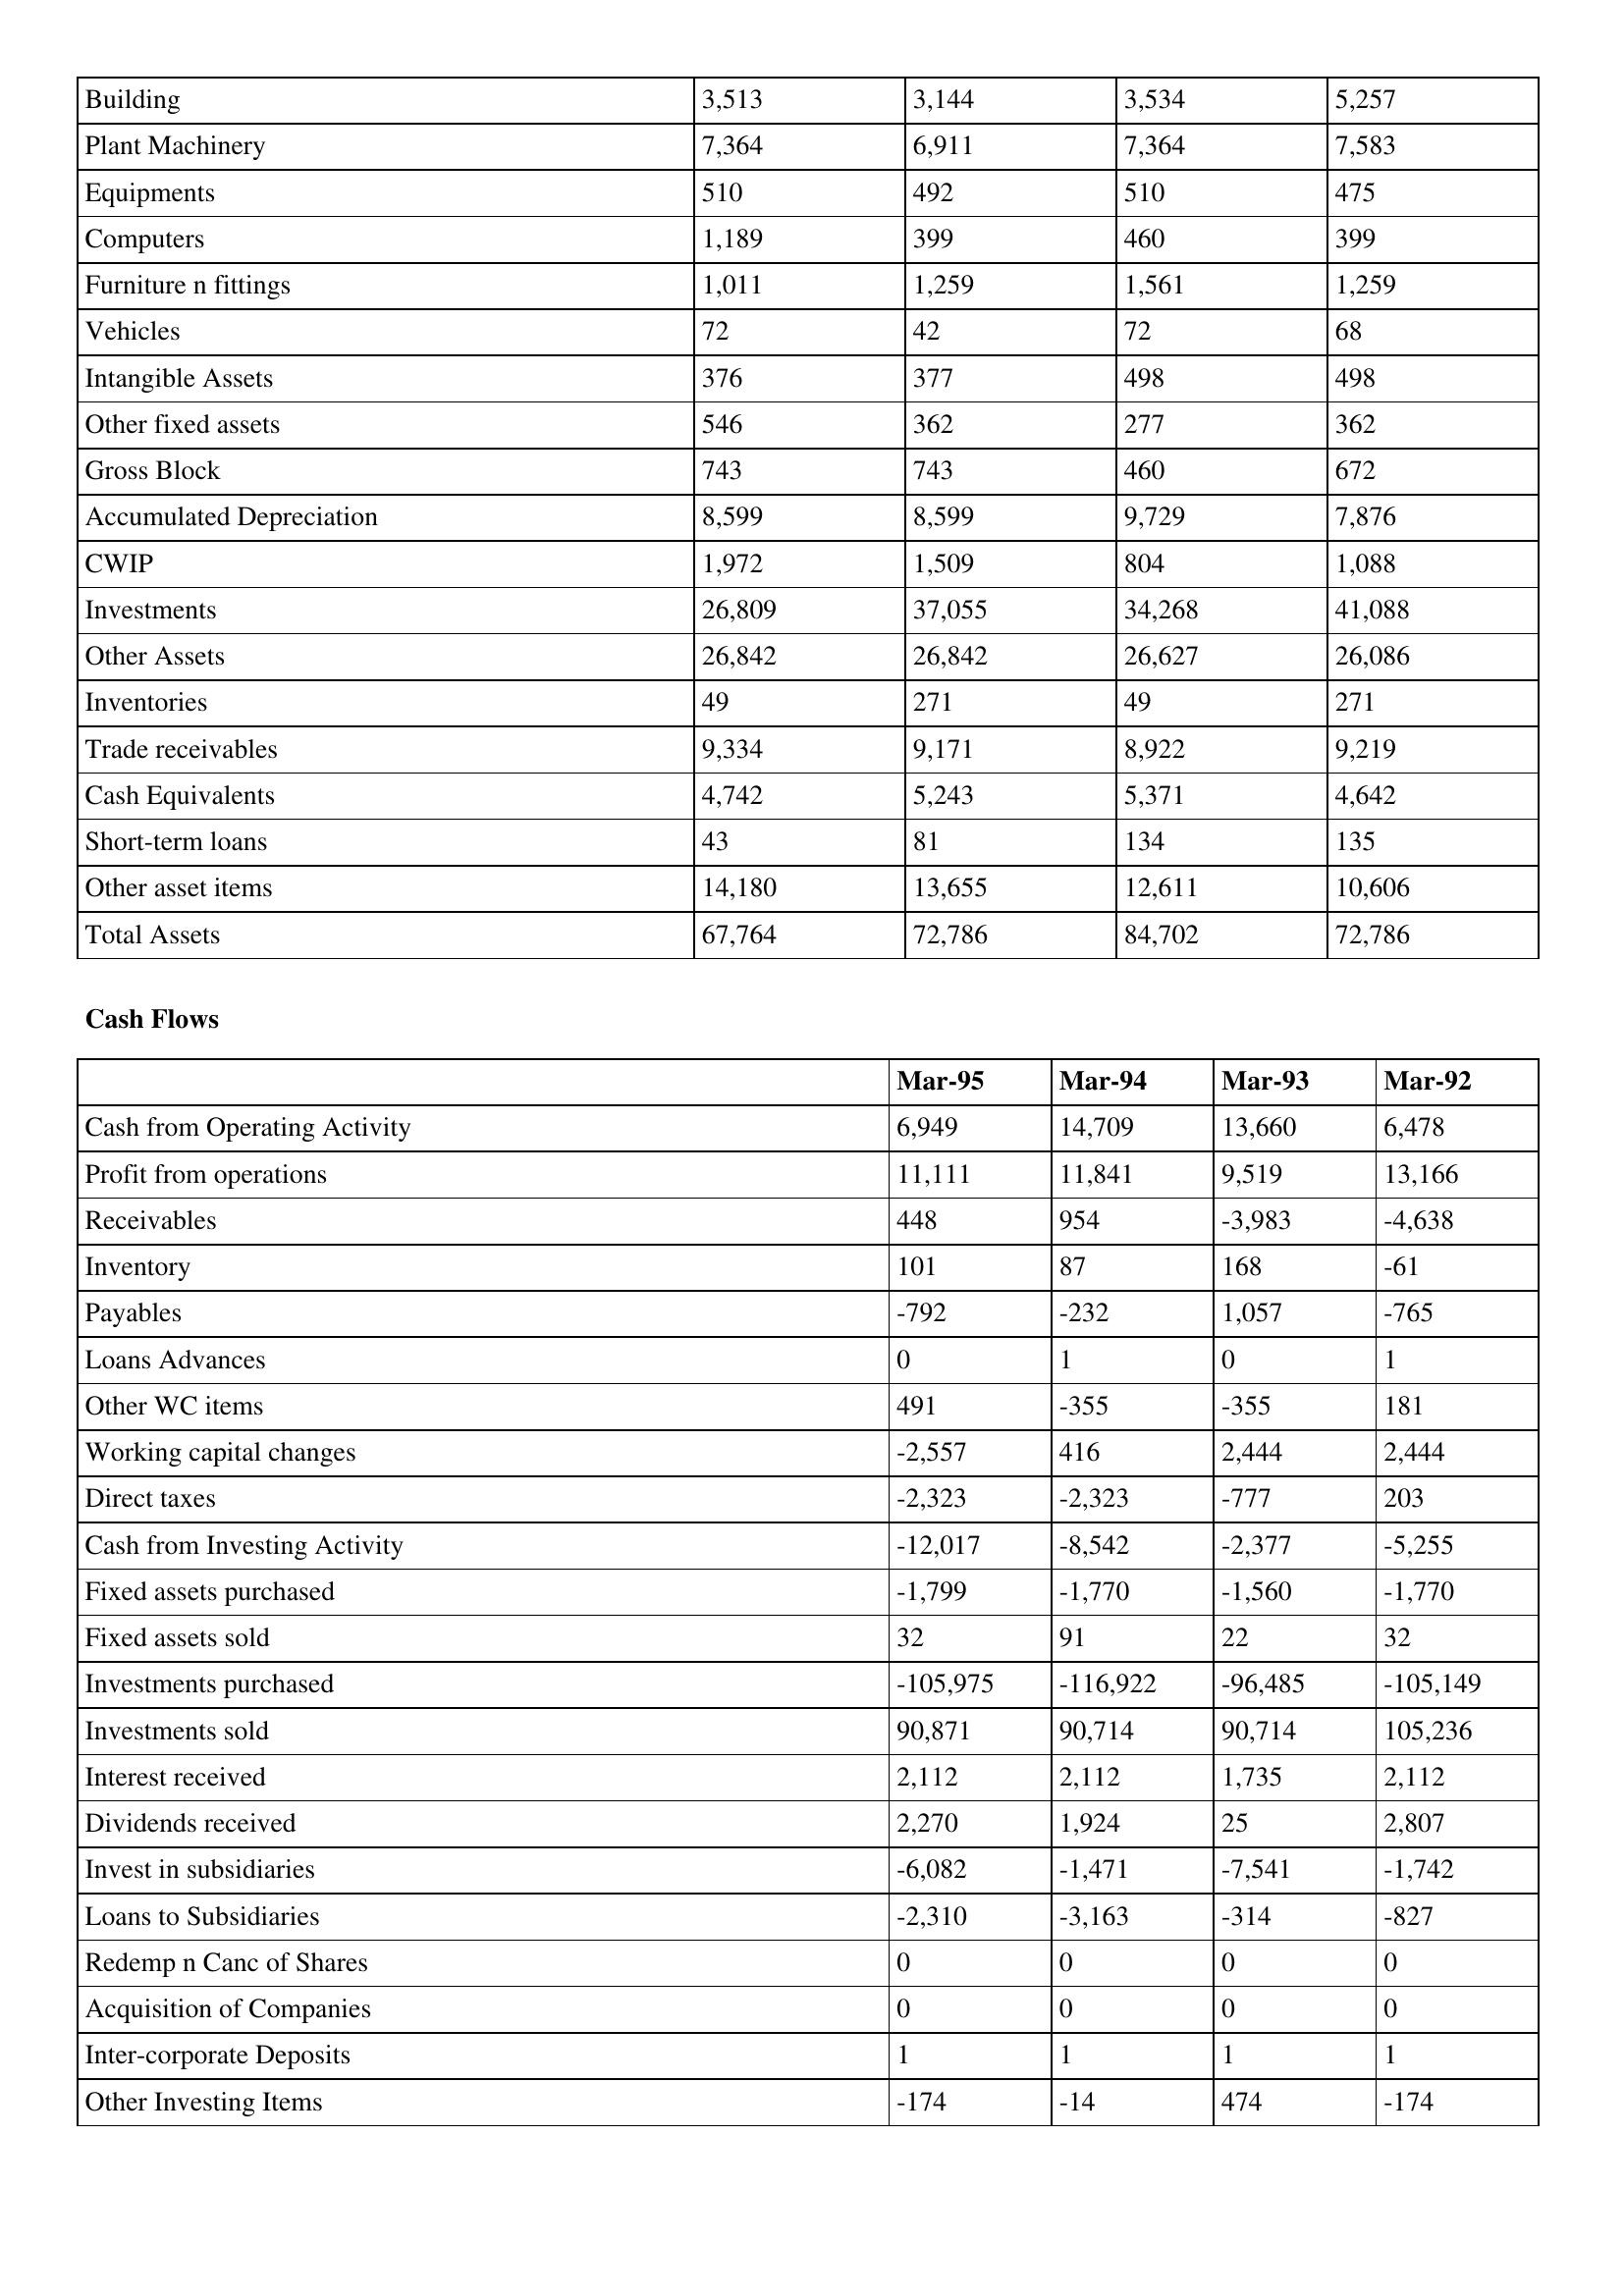
gt_parse: Mar-95: Balance Sheet: Building: 3,513
Plant Machinery: 7,364
Equipments: 510
Computers: 1,189
Furniture n fittings: 1,011
Vehicles: 72
Intangible Assets: 376
Other fixed assets: 546
Gross Block: 743
Accumulated Depreciation: 8,599
CWIP: 1,972
Investments: 26,809
Other Assets: 26,842
Inventories: 49
Trade receivables: 9,334
Cash Equivalents: 4,742
Short-term loans: 43
Other asset items: 14,180
Total Assets: 67,764
Cash Flows: Cash from Operating Activity: 6,949
Profit from operations: 11,111
Receivables: 448
Inventory: 101
Payables: -792
Loans Advances: 0
Other WC items: 491
Working capital changes: -2,557
Direct taxes: -2,323
Cash from Investing Activity: -12,017
Fixed assets purchased: -1,799
Fixed assets sold: 32
Investments purchased: -105,975
Investments sold: 90,871
Interest received: 2,112
Dividends received: 2,270
Invest in subsidiaries: -6,082
Loans to Subsidiaries: -2,310
Redemp n Canc of Shares: 0
Acquisition of Companies: 0
Inter-corporate Deposits: 1
Other Investing Items: -174
Mar-94: Balance Sheet: Building: 3,144
Plant Machinery: 6,911
Equipments: 492
Computers: 399
Furniture n fittings: 1,259
Vehicles: 42
Intangible Assets: 377
Other fixed assets: 362
Gross Block: 743
Accumulated Depreciation: 8,599
CWIP: 1,509
Investments: 37,055
Other Assets: 26,842
Inventories: 271
Trade receivables: 9,171
Cash Equivalents: 5,243
Short-term loans: 81
Other asset items: 13,655
Total Assets: 72,786
Cash Flows: Cash from Operating Activity: 14,709
Profit from operations: 11,841
Receivables: 954
Inventory: 87
Payables: -232
Loans Advances: 1
Other WC items: -355
Working capital changes: 416
Direct taxes: -2,323
Cash from Investing Activity: -8,542
Fixed assets purchased: -1,770
Fixed assets sold: 91
Investments purchased: -116,922
Investments sold: 90,714
Interest received: 2,112
Dividends received: 1,924
Invest in subsidiaries: -1,471
Loans to Subsidiaries: -3,163
Redemp n Canc of Shares: 0
Acquisition of Companies: 0
Inter-corporate Deposits: 1
Other Investing Items: -14
Mar-93: Balance Sheet: Building: 3,534
Plant Machinery: 7,364
Equipments: 510
Computers: 460
Furniture n fittings: 1,561
Vehicles: 72
Intangible Assets: 498
Other fixed assets: 277
Gross Block: 460
Accumulated Depreciation: 9,729
CWIP: 804
Investments: 34,268
Other Assets: 26,627
Inventories: 49
Trade receivables: 8,922
Cash Equivalents: 5,371
Short-term loans: 134
Other asset items: 12,611
Total Assets: 84,702
Cash Flows: Cash from Operating Activity: 13,660
Profit from operations: 9,519
Receivables: -3,983
Inventory: 168
Payables: 1,057
Loans Advances: 0
Other WC items: -355
Working capital changes: 2,444
Direct taxes: -777
Cash from Investing Activity: -2,377
Fixed assets purchased: -1,560
Fixed assets sold: 22
Investments purchased: -96,485
Investments sold: 90,714
Interest received: 1,735
Dividends received: 25
Invest in subsidiaries: -7,541
Loans to Subsidiaries: -314
Redemp n Canc of Shares: 0
Acquisition of Companies: 0
Inter-corporate Deposits: 1
Other Investing Items: 474
Mar-92: Balance Sheet: Building: 5,257
Plant Machinery: 7,583
Equipments: 475
Computers: 399
Furniture n fittings: 1,259
Vehicles: 68
Intangible Assets: 498
Other fixed assets: 362
Gross Block: 672
Accumulated Depreciation: 7,876
CWIP: 1,088
Investments: 41,088
Other Assets: 26,086
Inventories: 271
Trade receivables: 9,219
Cash Equivalents: 4,642
Short-term loans: 135
Other asset items: 10,606
Total Assets: 72,786
Cash Flows: Cash from Operating Activity: 6,478
Profit from operations: 13,166
Receivables: -4,638
Inventory: -61
Payables: -765
Loans Advances: 1
Other WC items: 181
Working capital changes: 2,444
Direct taxes: 203
Cash from Investing Activity: -5,255
Fixed assets purchased: -1,770
Fixed assets sold: 32
Investments purchased: -105,149
Investments sold: 105,236
Interest received: 2,112
Dividends received: 2,807
Invest in subsidiaries: -1,742
Loans to Subsidiaries: -827
Redemp n Canc of Shares: 0
Acquisition of Companies: 0
Inter-corporate Deposits: 1
Other Investing Items: -174